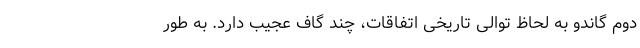
دوم گاندو به لحاظ توالی تاریخی اتفاقات، چند گاف عجیب دارد. به طور